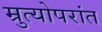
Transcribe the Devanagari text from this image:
म्रुत्योपरांत